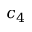
c _ { 4 }